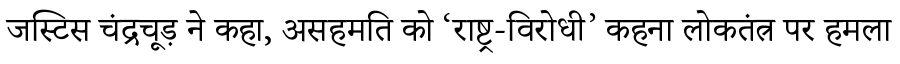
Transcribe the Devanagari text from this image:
जस्टिस चंद्रचूड़ ने कहा, असहमति को ‘राष्ट्र-विरोधी’ कहना लोकतंत्र पर हमला